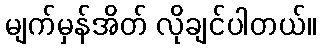
မျက်မှန်အိတ် လိုချင်ပါတယ်။